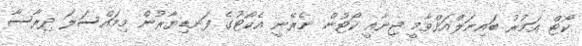
ކޯޓް އަމުރު ބައިނަލްއަޤްވާމީ ޖިނާއީ ކޯޓުން ނެރޭނީ އެކޯޓުގެ ފަނޑިޔާރުން މިމައްސަލަ ދިރާސާ